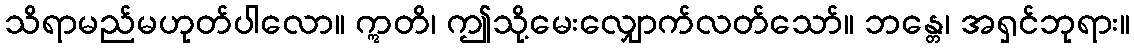
သိရာမည်မဟုတ်ပါလော။ ဣတိ၊ ဤသို့မေးလျှောက်လတ်သော်။ ဘန္တေ၊ အရှင်ဘုရား။